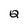
Character: Q